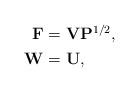
LaTeX: \begin{align*}\begin{aligned} {\bf{F}} &= {\bf{V}}{{\bf{P}}^{1/2}},\\ {\bf{W}} &= {\bf{U}},\end{aligned}\end{align*}